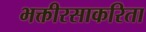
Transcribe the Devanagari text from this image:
भक्तीरसाकरिता